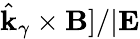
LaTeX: \hat{\mathbf{k}}_{\gamma}\times\mathbf{B}]/|\mathbf{E}